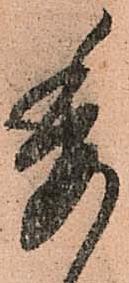
委